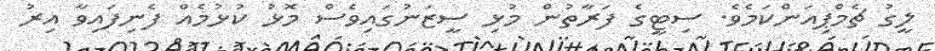
ލީގު ޗެމްޕިއަންކަމެވެ. ސިޓީގެ ފަރާތުން މުޅި ސީޒަނުގައިވެސް މޮޅު ކުޅުމެއް ފެނިފައިވާ އިރު